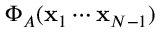
\Phi _ { A } ( \mathbf { x } _ { 1 } \cdots \mathbf { x } _ { N - 1 } )